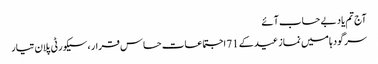
آج تم یاد بے حساب آئے
سرگودہا میں نماز عید کے 71 اجتماعات حساس قرار ، سیکورٹی پلان تیار